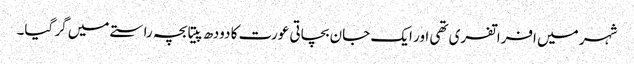
شہر میں افراتفری تھی اور ایک جان بچاتی عورت کا دودھ پیتا بچہ راستے میں گر گیا۔